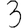
Digit: 3